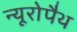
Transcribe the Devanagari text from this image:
न्यूरोपैथ